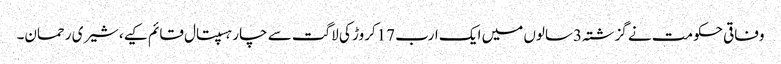
وفاقی حکومت نے گزشتہ3سالوں میں ایک ارب 17کروڑ کی لاگت سے چار ہسپتال قائم کیے،شیری رحمان۔